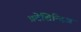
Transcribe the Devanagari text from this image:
प्रदेशिन्दिअ